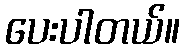
ပေးပါတယ်။